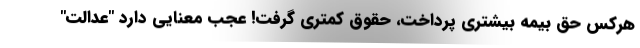
هرکس حق بیمه بیشتری پرداخت، حقوق کمتری گرفت! عجب معنایی دارد "عدالت"